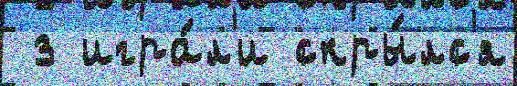
 з игра́л'и скры́лс'я